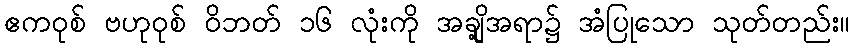
ဧကဝုစ် ဗဟုဝုစ် ဝိဘတ် ၁၆ လုံးကို အချို့အရာ၌ အံပြုသော သုတ်တည်း။